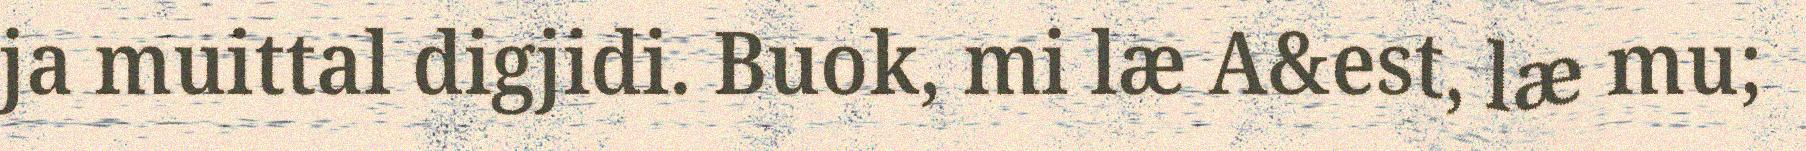
ja muittal digjidi. Buok, mi læ A&est, læ mu;